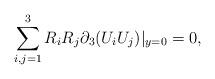
LaTeX: \begin{align*} \sum_{i,j=1}^3R_iR_j\partial_{3}(U_iU_j)|_{y=0}=0,\end{align*}